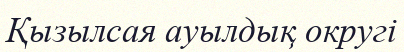
Қызылсая ауылдық округі